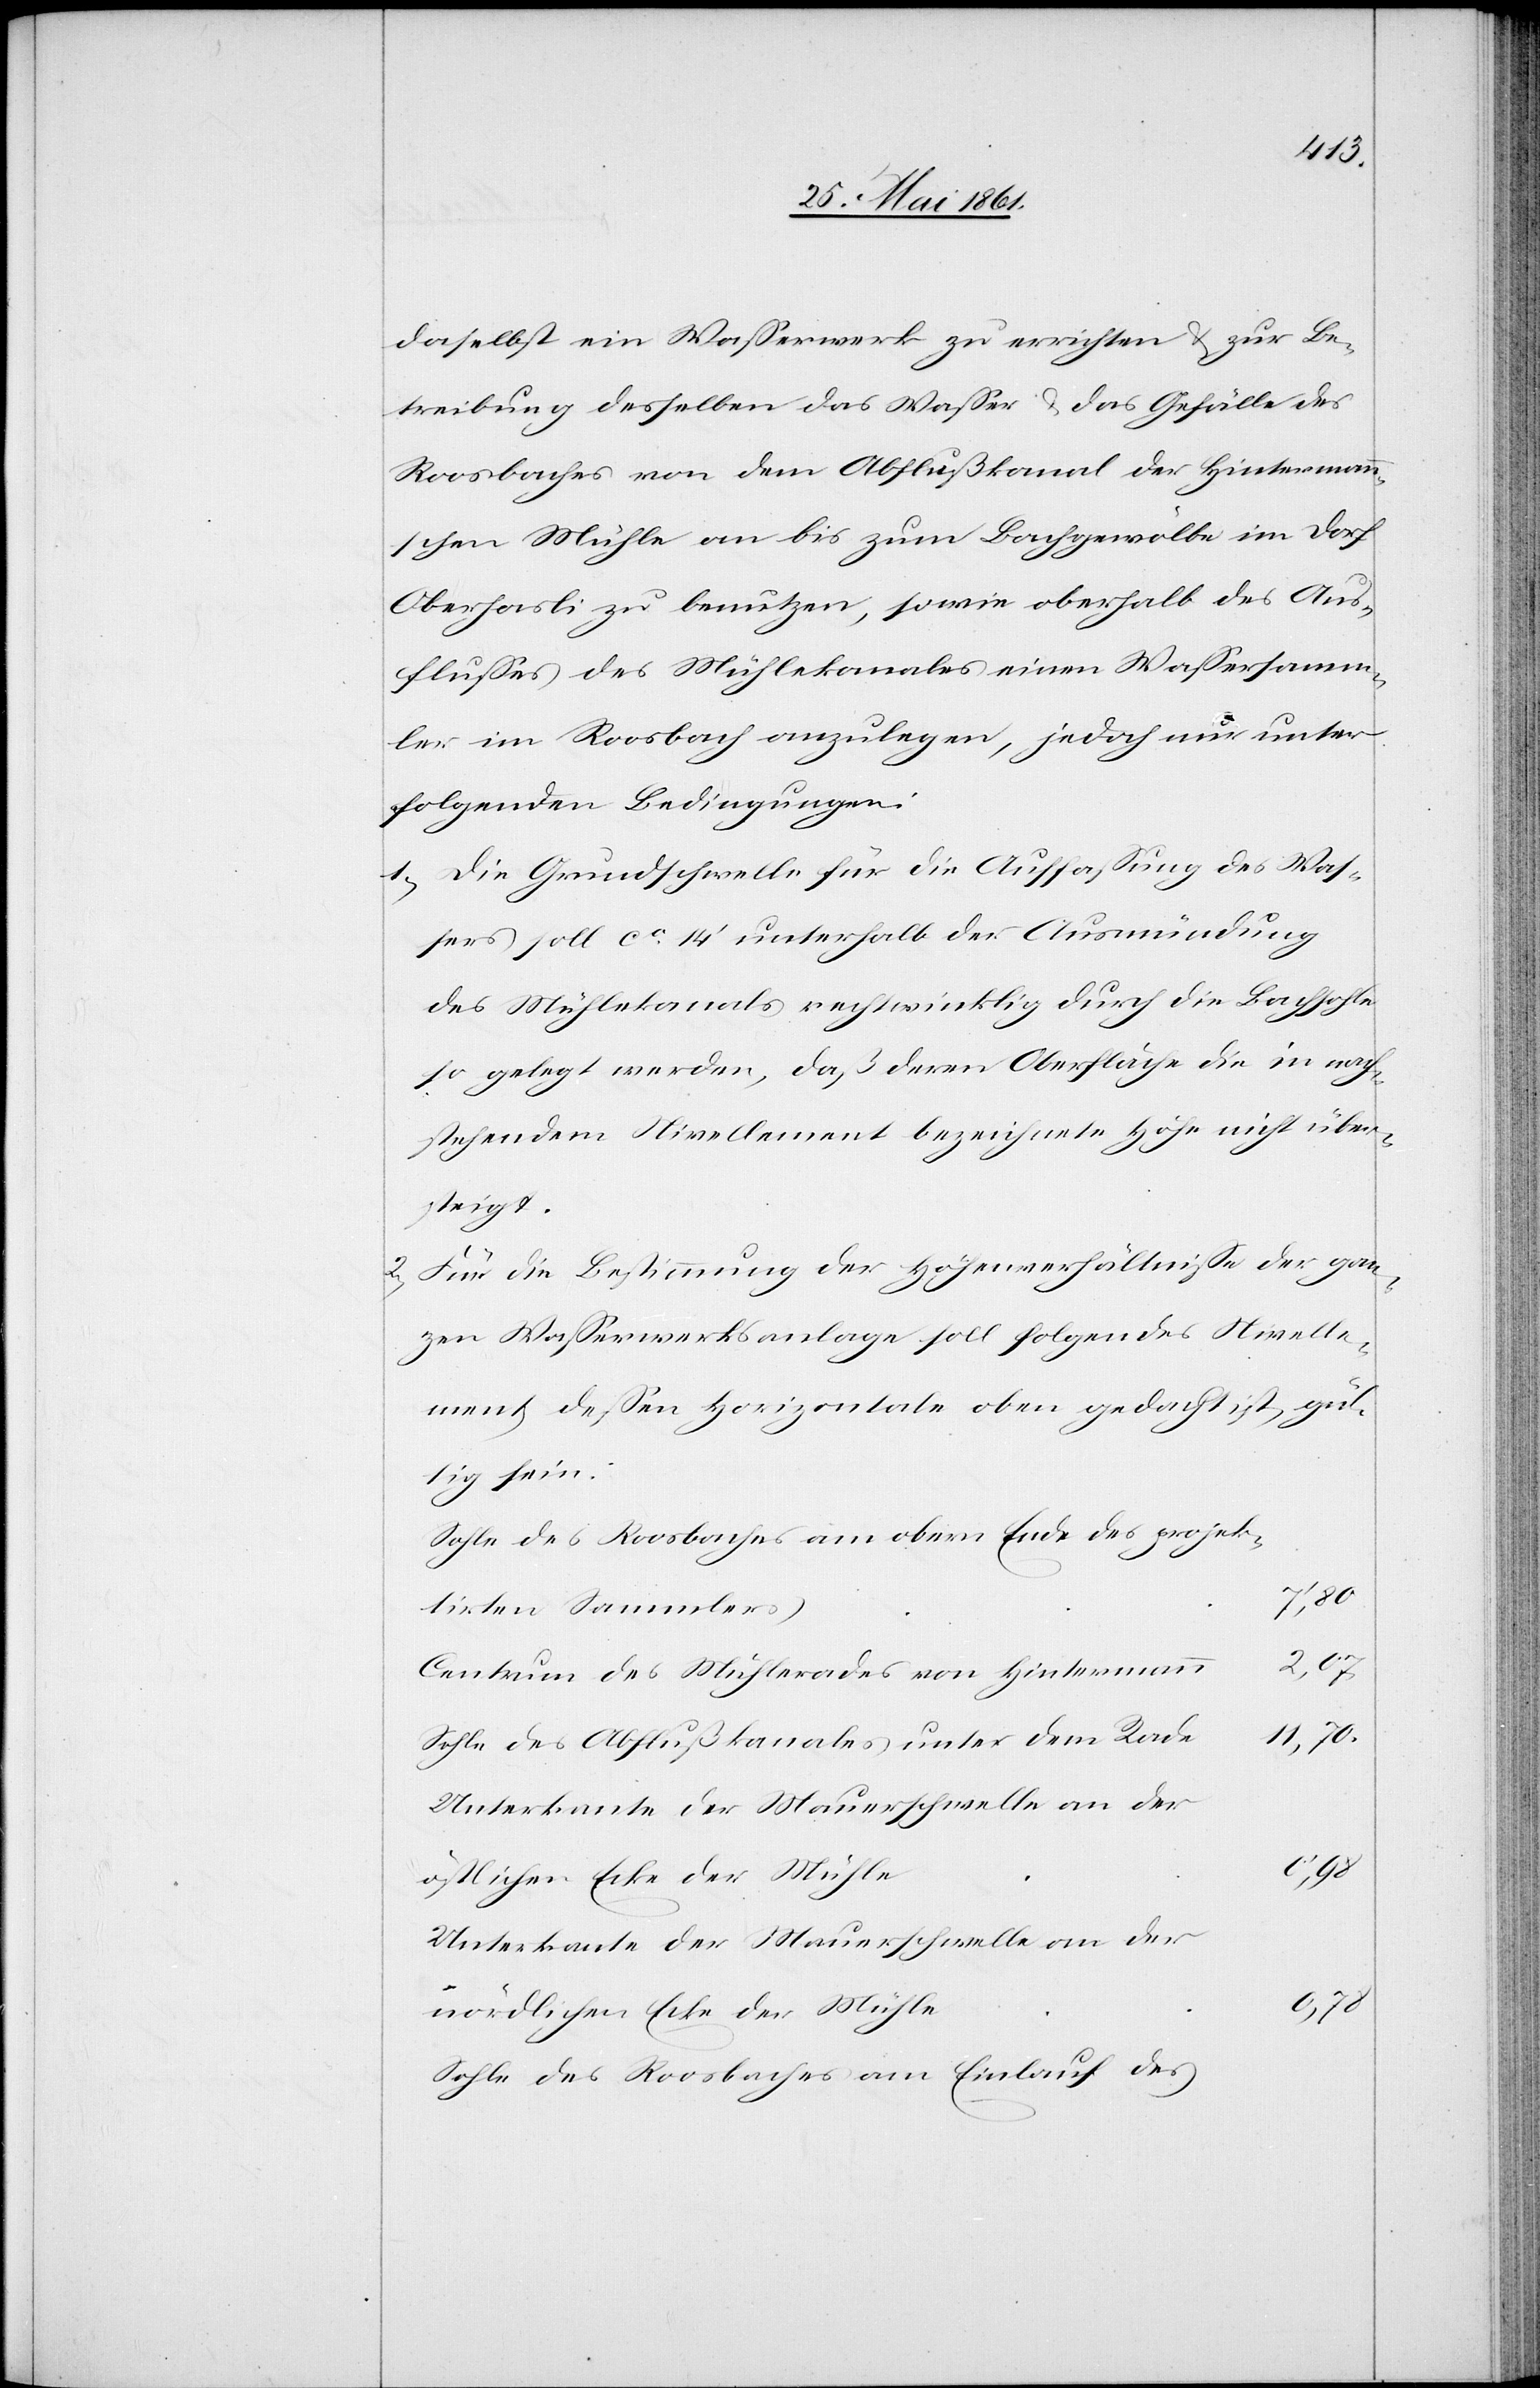
daselbst ein Wasserwerk zu errichten u. zur Be¬
treibung desselben das Wasser u. das Gefälle des
Roosbaches von dem Abflußkanal der Hintermann¬
schen Mühle an bis zum Bachgewölbe im Dorf
Oberhasli zu benutzen, sowie oberhalb des Aus¬
flusses des Mühlekanales einen Wassersamm¬
ler im Roosbach anzulegen, jedoch nur unter
folgenden Bedingungen:
1) Die Grundschwelle für die Auffassung des Was¬
sers soll ca 14’ unterhalb der Ausmündung
des Mühlekanals rechtwinklig durch die Bachsohle
so gelegt werden, daß deren Oberfläche die in nach¬
stehendem Nivellement bezeichnete Höhe nicht über¬
steigt.
2) Für die Bestimmung der Höhenverhältnisse der gan¬
zen Wasserwerksanlage soll folgendes Nivelle¬
ment, dessen Horizontale oben gedacht ist, gül¬
tig sein:
Sohle des Roosbaches am obern Ende des projek¬
7’,80
tirten Sammlers
2,07
Centrum des Mühlerades von Hintermann
11,70
Sohle des Abflußkanales unter dem Rade
Unterkante der Mauerschwelle an der
0,98
nördlichen Ecke der Mühle
0,78
Sohle des Roosbaches am Einlauf des